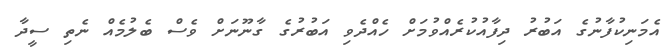
އެމަނިކުފާނުގެ އަބުރު ދިފާއުކުރެއްވުމަށް ހެއްދެވި އަބުރުގެ ގާނޫނަށް ވެސް ބެލުމެއް ނެތި ސީދާ